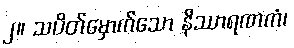
၂။ သပိတ်မှောက်သော နိဿာရဏကံ၊